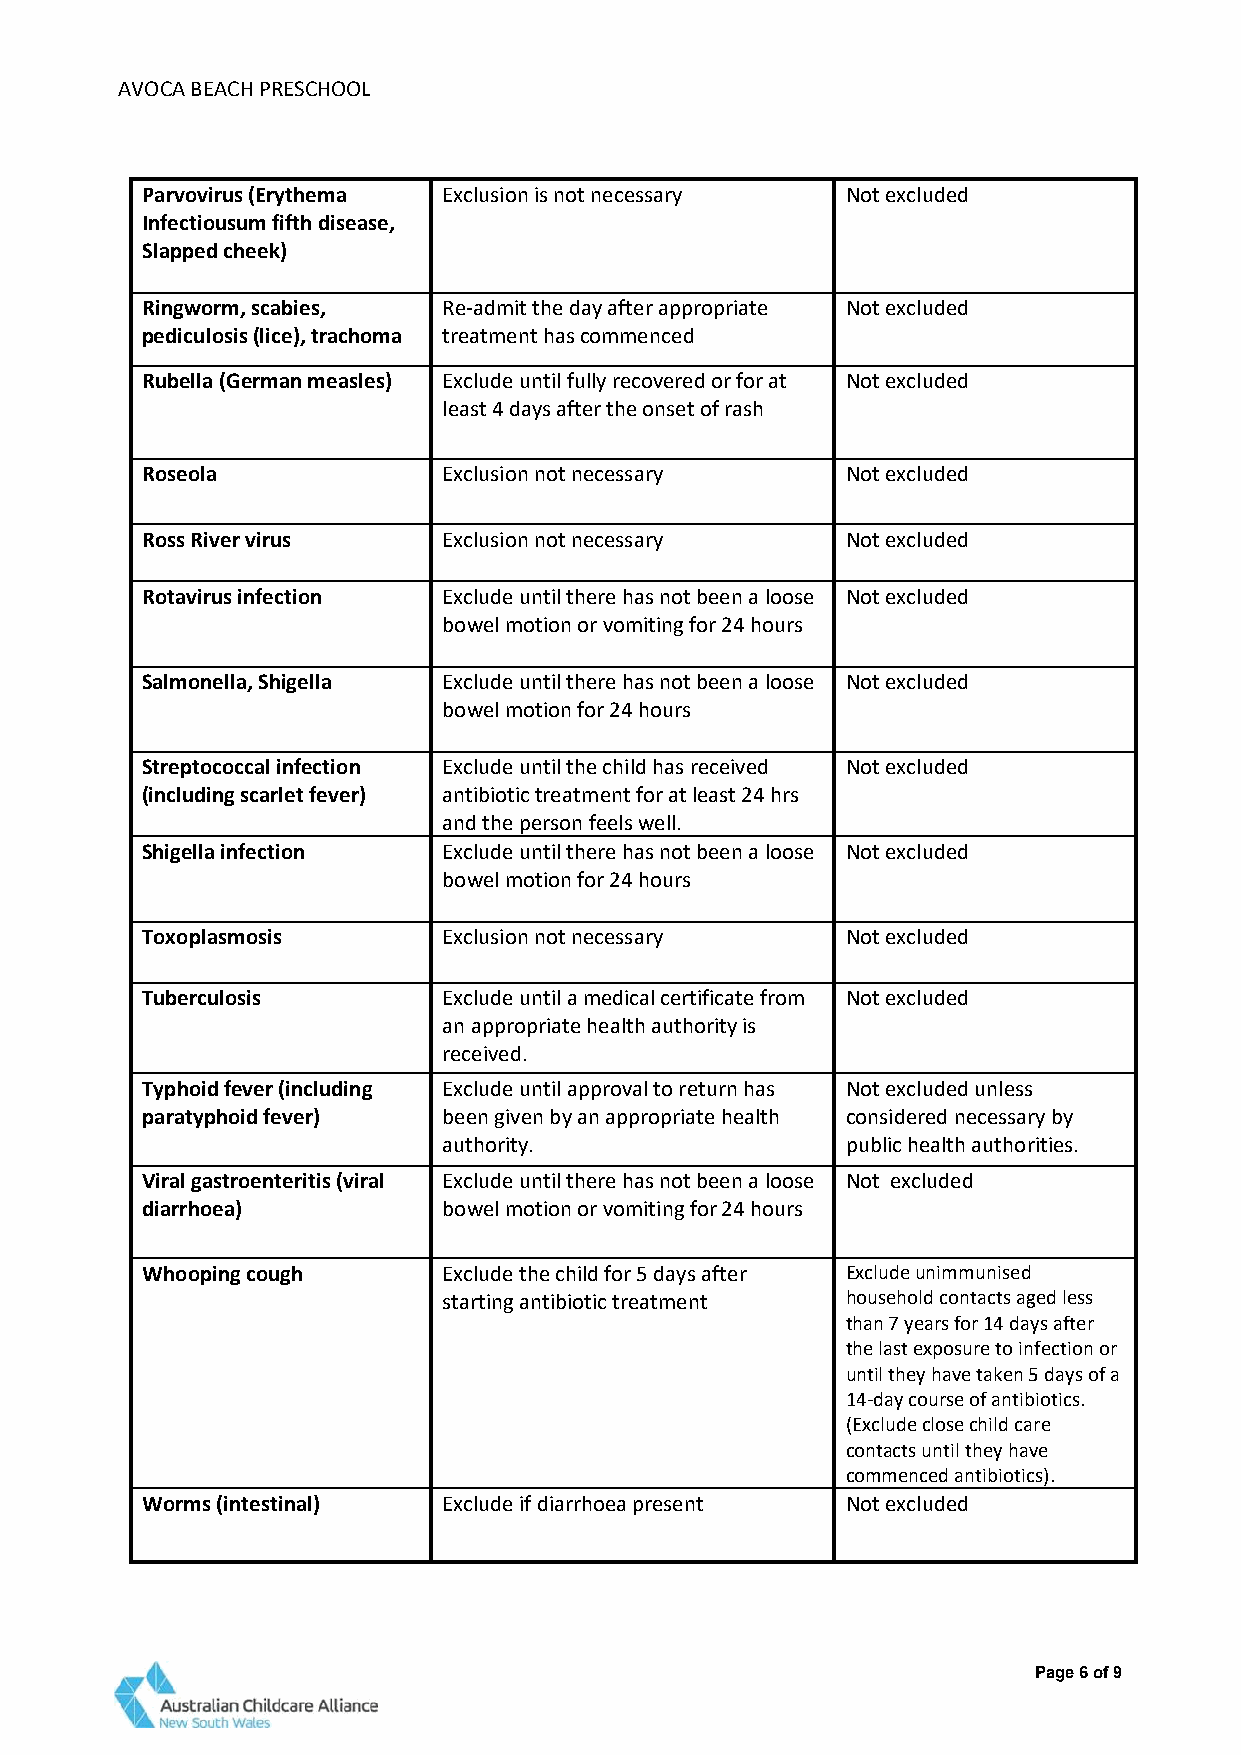
AVOCA BEACH PRESCHOOL
 Parvovirus (Erythema Exclusion is not necessary Not excluded
 Infectiousum fifth disease,
 Slapped cheek)
 Ringworm, scabies,  Re-admit the day after appropriate Not excluded
 pediculosis (lice), trachoma treatment has commenced
 Rubella (German measles) Exclude until fully recovered or for at Not excluded
 least 4 days after the onset of rash
 Roseola             Exclusion not necessary    Not excluded
 Ross River virus    Exclusion not necessary    Not excluded
 Rotavirus infection Exclude until there has not been a loose Not excluded
 bowel motion or vomiting for 24 hours
 Salmonella, Shigella Exclude until there has not been a loose Not excluded
 bowel motion for 24 hours
 Streptococcal infection Exclude until the child has received Not excluded
 (including scarlet fever) antibiotic treatment for at least 24 hrs
 and the person feels well.
 Shigella infection  Exclude until there has not been a loose Not excluded
 bowel motion for 24 hours
 Toxoplasmosis       Exclusion not necessary    Not excluded
 Tuberculosis        Exclude until a medical certificate from Not excluded
 an appropriate health authority is
 received.
 Typhoid fever (including Exclude until approval to return has Not excluded unless
 paratyphoid fever)  been given by an appropriate health considered necessary by
 authority.                 public health authorities.
 Viral gastroenteritis (viral Exclude until there has not been a loose Not excluded
 diarrhoea)          bowel motion or vomiting for 24 hours
 Whooping cough      Exclude the child for 5 days after Exclude unimmunised
 starting antibiotic treatment household contacts aged less
 than 7 years for 14 days after
 the last exposure to infection or
 until they have taken 5 days of a
 14-day course of antibiotics.
 (Exclude close child care
 contacts until they have
 commenced antibiotics).
 Worms (intestinal)  Exclude if diarrhoea present Not excluded
 Page 6 of 9